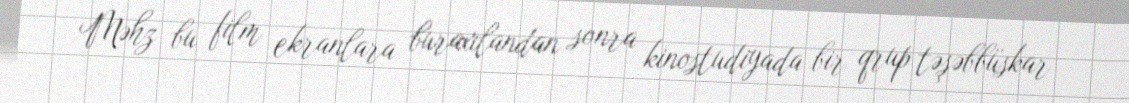
Məhz bu film ekranlara buraxılandan sonra kinostudiyada bir qrup təşəbbüskar